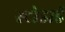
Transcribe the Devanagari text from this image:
स्टोडार्ड